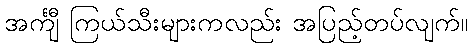
အင်္ကျီ ကြယ်သီးများကလည်း အပြည့်တပ်လျက်။